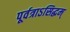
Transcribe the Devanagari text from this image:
पूर्वत्राऽसिद्धम्